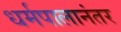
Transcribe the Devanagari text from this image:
धर्मपालानंतर